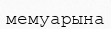
мемуарына